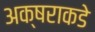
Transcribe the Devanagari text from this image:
अक्षराकडे